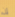
إن